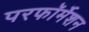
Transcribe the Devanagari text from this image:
परफॉर्मेशन